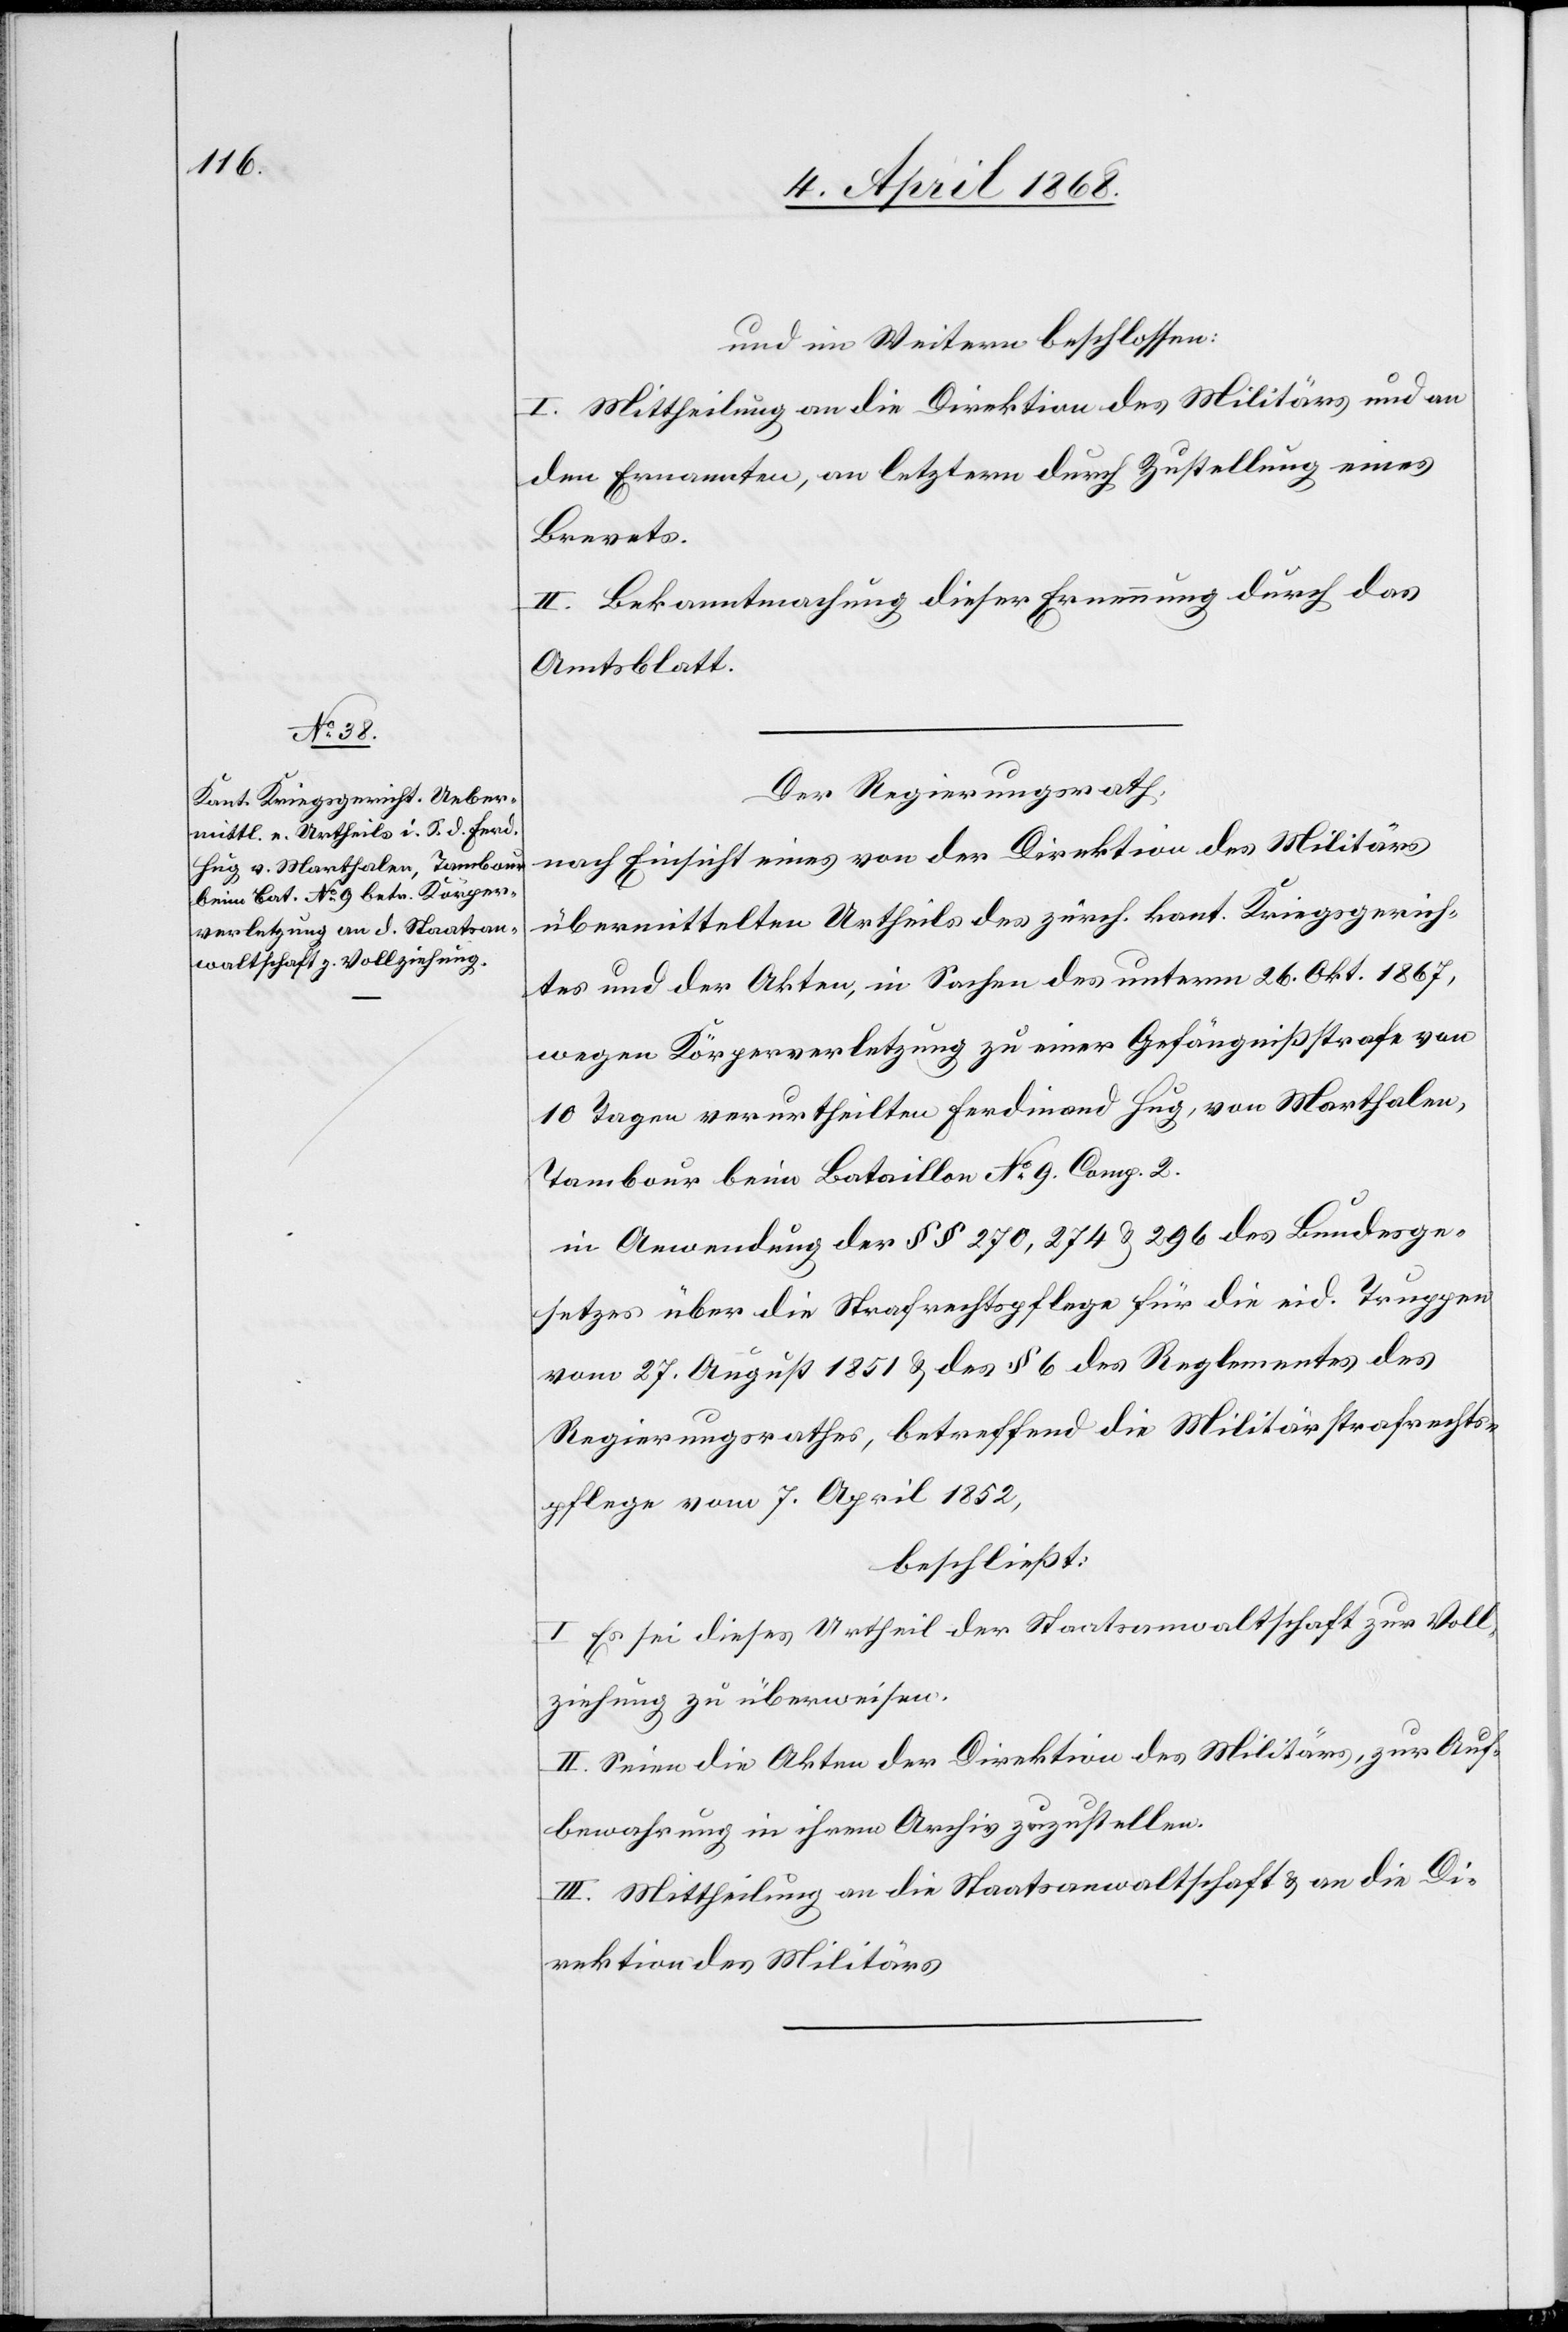
und im Weitern beschlossen:
I. Mittheilung an die Direktion des Militärs und an
den Ernannten, an letztern durch Zustellung eines
Brevets.
II. Bekanntmachung dieser Ernennung durch das
Amtsblatt.
Der Regierungsrath,
nach Einsicht eines von der Direktion des Militärs
übermittelten Urtheils des zürch. kant. Kriegsgerich¬
tes und der Akten, in Sachen des unterm 26. Okt. 1867,
wegen Körperverletzung zu einer Gefängnißstrafe von
10 Tagen verurtheilten Ferdinand Hug, von Marthalen,
Tambour beim Bataillon No. 9. Comp. 2.
in Anwendung der §§ 270, 274 & 296 des Bundesge¬
setzes über die Strafrechtspflege für die eid. Truppen
vom 27. August 1851 & des § 6 des Reglementes des
Regierungsrathes, betreffend die Militärstrafrechts¬
pflege vom 7. April 1852,
beschließt:
I Es sei dieses Urtheil der Staatsanwaltschaft zur Voll¬
ziehung zu überweisen.
II. Seien die Akten der Direktion des Militärs, zur Auf¬
bewahrung in ihrem Archiv zuzustellen.
III. Mittheilung an die Staatsanwaltschaft & an die Di¬
rektion des Militärs[.]